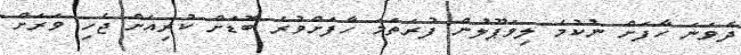
ދެވަނަ ހާފަށް ނުކުމެ ލިވަޕޫލުން ފުރަތަމަ ހާފަށްވުރެ ބޮޑަށް ކުރިއަށް ޖެހި ވަރަށް